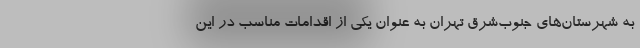
به شهرستان‌های جنوب‌شرق تهران به عنوان یکی از اقدامات مناسب در این